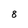
Character: 8